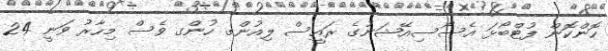
ހޮންކޮން ފުޓްބޯޅަ އެސޯސިއޭޝަނުގެ ރައީސް ލިއުންގ ހުންގ ވެސް މިހާރު ވަނީ 24